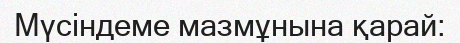
Мүсіндеме мазмұнына қарай: